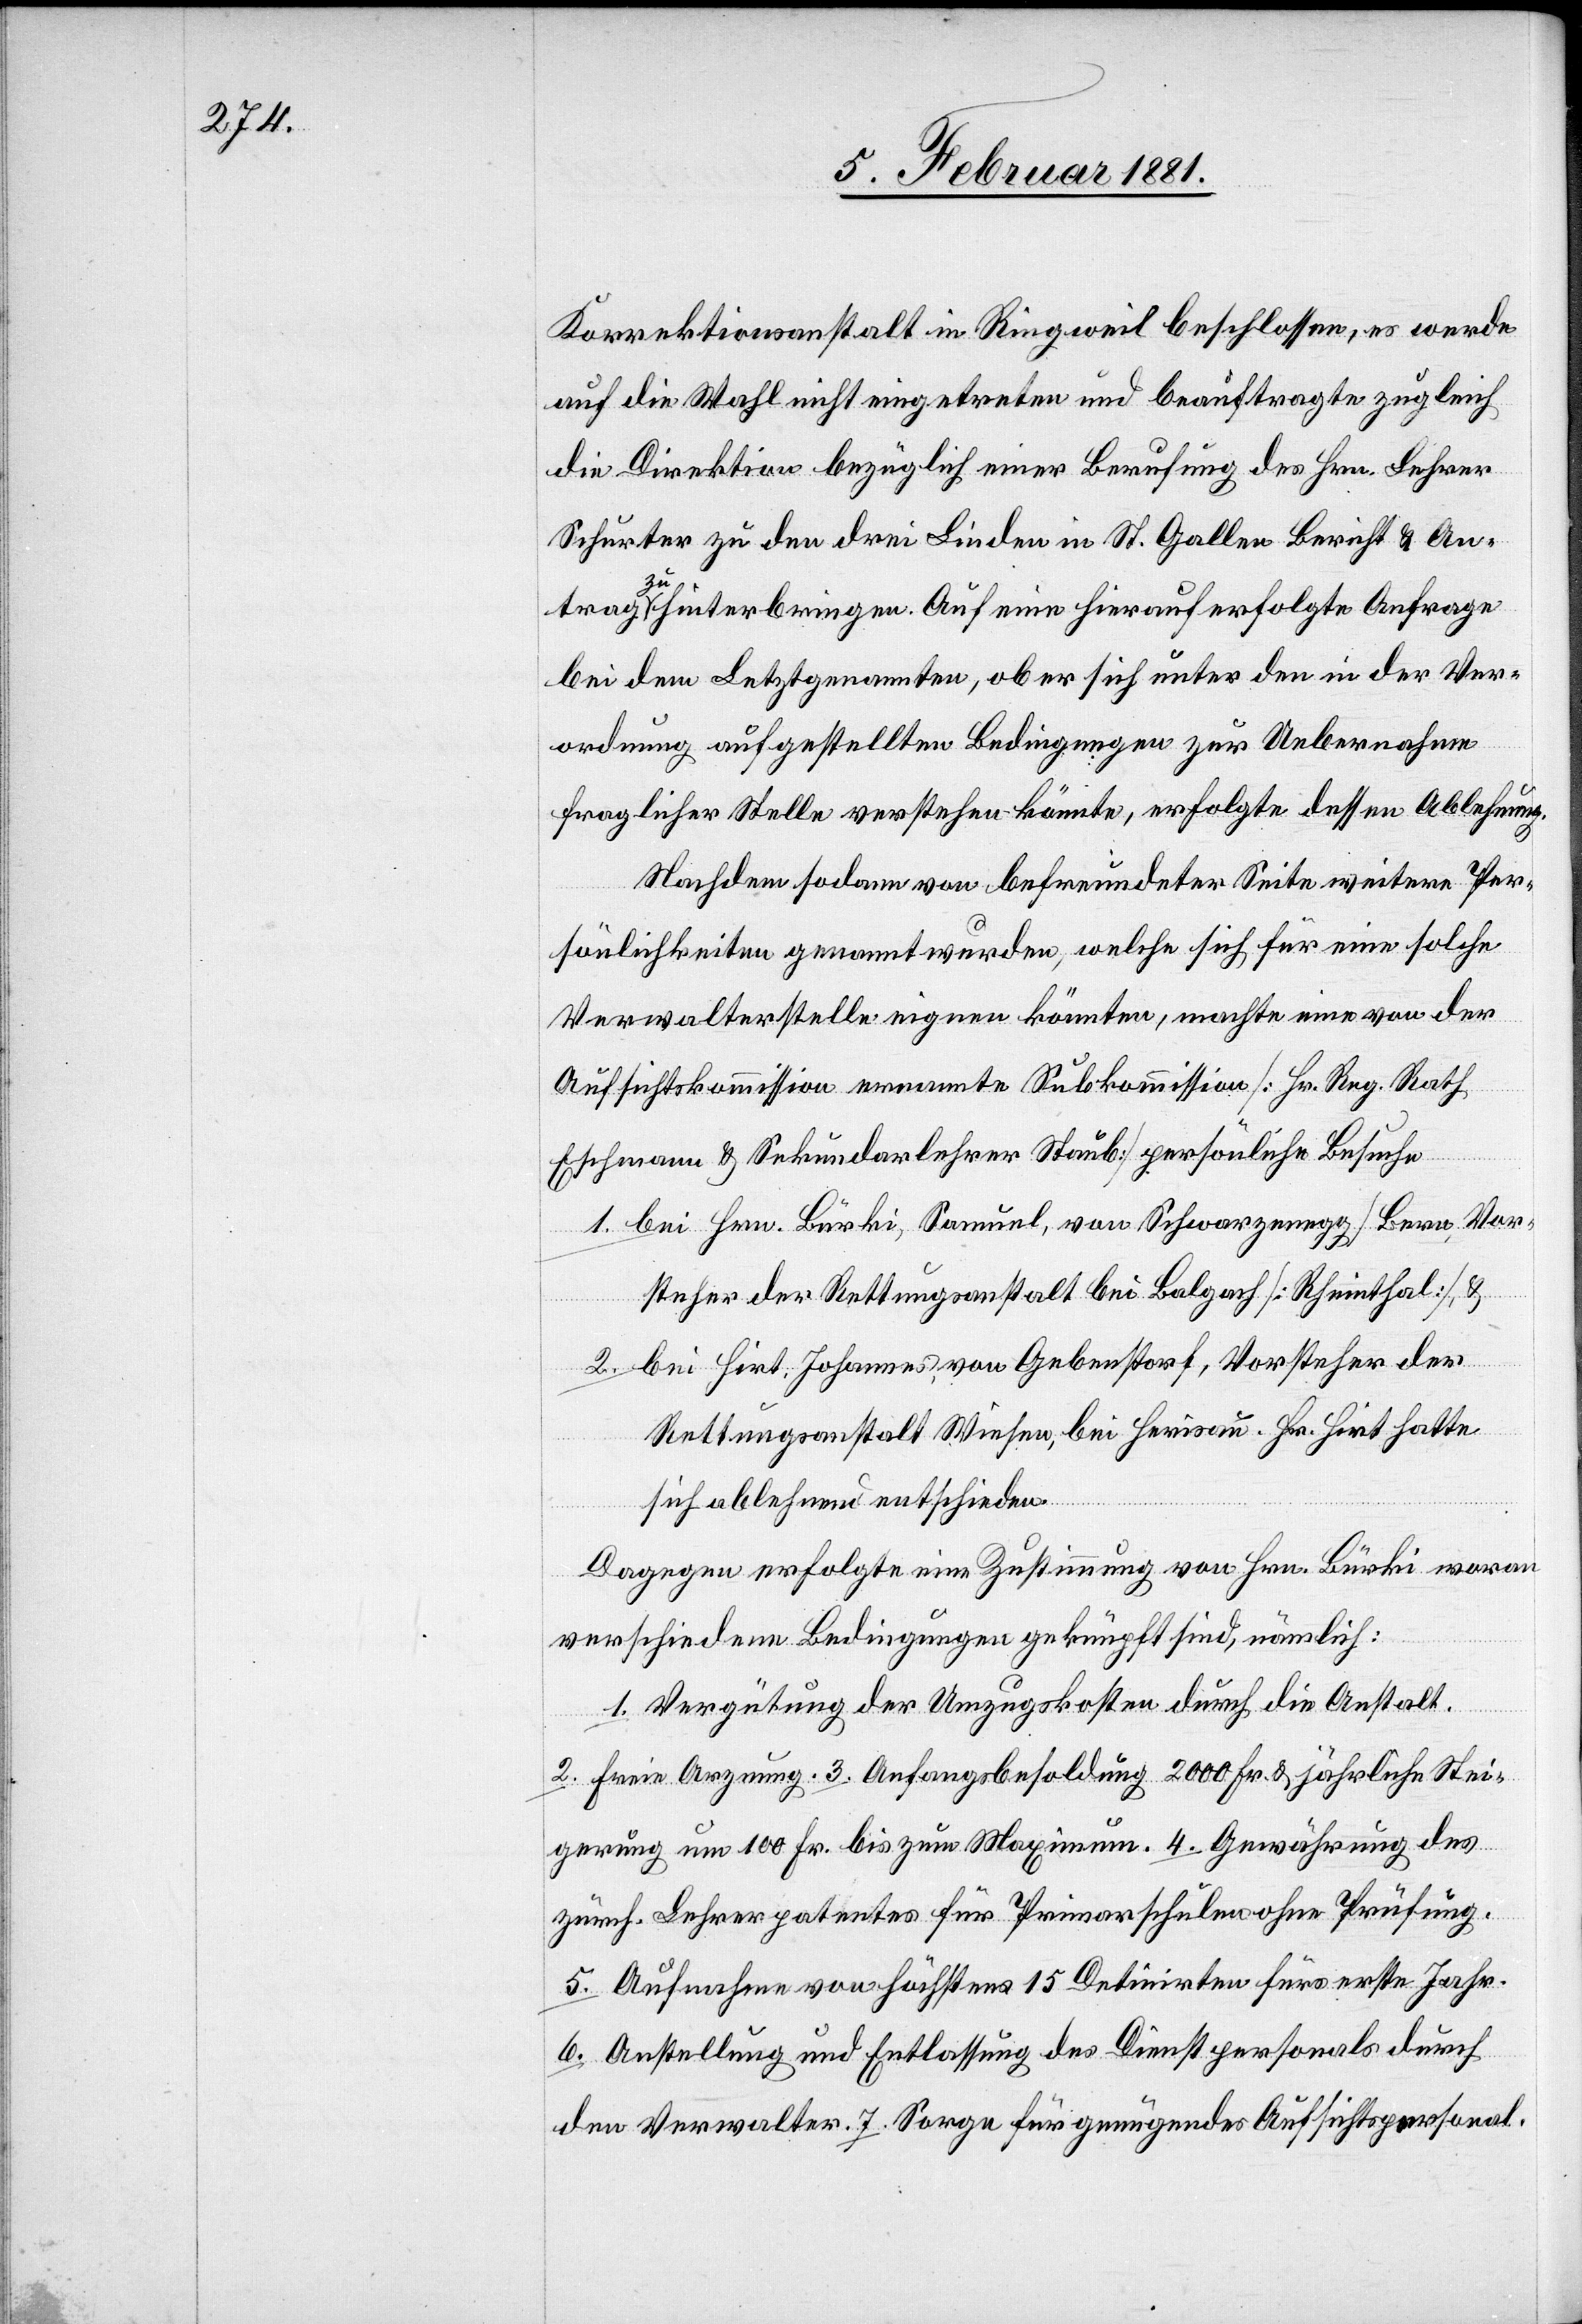
Korrektionsanstalt in Ringweil beschlossen, es werde
auf die Wahl nicht eingetreten und beauftragte zugleich
die Direktion bezüglich einer Berufung des Hrn. Lehrer
Schurter zu den drei Linden in St. Gallen Bericht & An¬
trag zu hinterbringen. Auf eine hierauf erfolgte Anfrage
bei dem Letztgenannten, ob er sich unter den in der Ver¬
ordnung aufgestellten Bedingungen zur Uebernahme
fraglicher Stelle verstehen könnte, erfolgte dessen Ablehnung.
Nachdem sodann von befreundeter Seite weitere Per¬
sönlichkeiten genannt wurden, welche sich für eine solche
Verwalterstelle eignen könnten, machte eine von der
Aufsichtskommission ernannte Subkommission. [Hr. Reg. Rath
Eschmann & Sekundarlehrer Staub] persönliche Besuche
1. bei Hrn. Bürki, Samuel, von Schwarzenegg/Bern, Vor¬
steher der Rettungsanstalt bei Balgach [Rheinthal], &
2. bei Hirt, Johannes von Gebenstorf, Vorsteher der
Rettungsanstalt Wiesen, bei Herisau. Hr. Hirt hatte
sich ablehnend entschieden.
Dagegen erfolgte eine Zustimmung von Hrn. Bürki woran
verschiedene Bedingungen geknüpft sind, nämlich:
1. Vergütung der Umzugskosten durch die Anstalt.
2. Freie Arznung. 3. Anfangsbesoldung 2000 Fr. & jährliche Stei¬
gerung um 100 Fr. bis zum Maximum. 4. Gewährung des
zürch. Lehrerpatentes für Primarschulen ohne Prüfung.
5. Aufnahme von höchstens 15 Detinirten fürs erste Jahr.
6. Anstellung und Entlassung des Dienstpersonals durch
den Verwalter. 7. Sorge für genügendes Aufsichtspersonal.